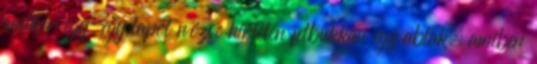
amikor egy-egy lapot nézve hirtelen felbukkan egy ablak, amiben